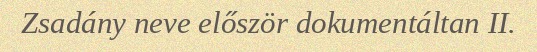
Zsadány neve először dokumentáltan II.